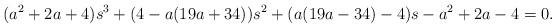
LaTeX: \begin{align*}(a^2+2a+4) s^3 + (4-a (19 a+34)) s^2 + (a (19 a-34)-4) s -a^2+ 2 a-4 =0.\end{align*}